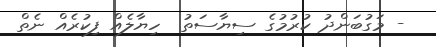
- މަގުބަންދު ކުރުމުގެ ސިޔާސަތު  ހިޔާލެއް ފިކުރެއް ނެތް